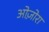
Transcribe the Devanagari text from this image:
ओज़ोरा